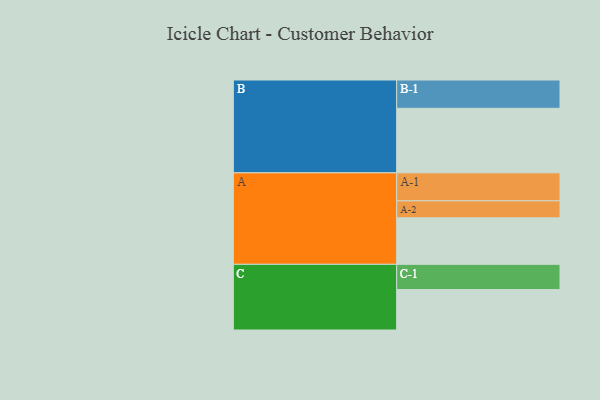
{"axis": {"x": "Segment", "y": "Value"}, "legend": ["", "A", "B", "C"], "data": [{"x": "A", "y": 407, "type": ""}, {"x": "B", "y": 565, "type": ""}, {"x": "C", "y": 354, "type": ""}, {"x": "A-1", "y": 245, "type": "A"}, {"x": "A-2", "y": 149, "type": "A"}, {"x": "B-1", "y": 248, "type": "B"}, {"x": "C-1", "y": 221, "type": "C"}]}